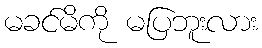
မခင်မိကို မပြဘူးလား